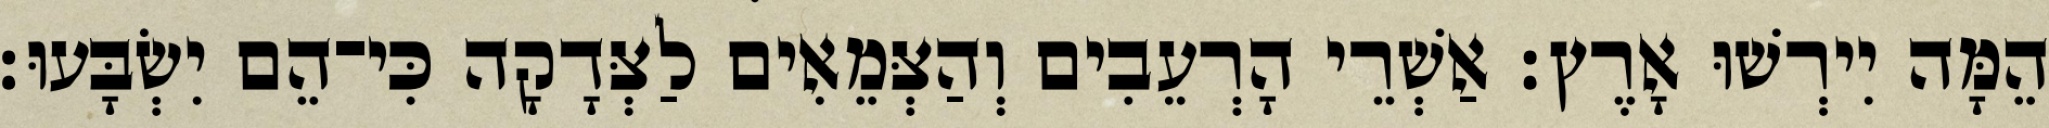
הֵמָּה יִירְשׁוּ אָרֶץ׃ אַשְׁרֵי הָרְעֵבִים וְהַצְּמֵאִים לַצְּדָקָה כִּי־הֵם יִשְׂבָּעוּ׃